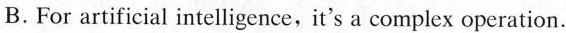
B. For artificial intelligence, it's a complex operation.